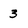
Character: 3